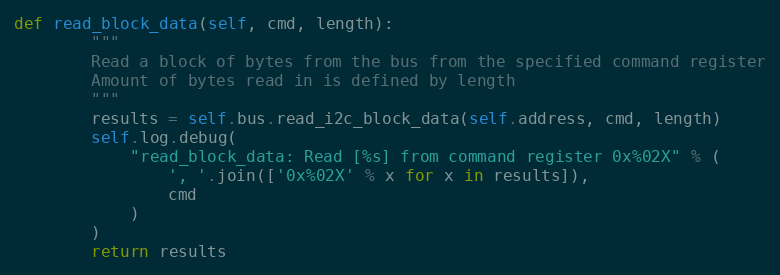
Language: Python
def read_block_data(self, cmd, length):
        """
        Read a block of bytes from the bus from the specified command register
        Amount of bytes read in is defined by length
        """
        results = self.bus.read_i2c_block_data(self.address, cmd, length)
        self.log.debug(
            "read_block_data: Read [%s] from command register 0x%02X" % (
                ', '.join(['0x%02X' % x for x in results]),
                cmd
            )
        )
        return results